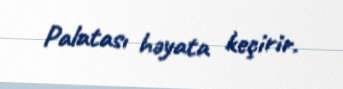
Palatası həyata keçirir.